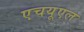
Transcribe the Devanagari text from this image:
एचयूएल